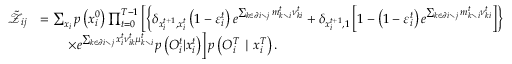
\begin{array} { r l } { \tilde { \mathcal { Z } } _ { i j } } & { = \sum _ { \boldsymbol { x } _ { i } } p \left( x _ { i } ^ { 0 } \right) \prod _ { t = 0 } ^ { T - 1 } \left[ \left\{ \delta _ { x _ { i } ^ { t + 1 } , x _ { i } ^ { t } } \left( 1 - \varepsilon _ { i } ^ { t } \right) e ^ { \sum _ { k \in \partial i \setminus j } m _ { k \setminus i } ^ { t } \nu _ { k i } ^ { t } } + \delta _ { x _ { i } ^ { t + 1 } , 1 } \left[ 1 - \left( 1 - \varepsilon _ { i } ^ { t } \right) e ^ { \sum _ { k \in \partial i \setminus j } m _ { k \setminus i } ^ { t } \nu _ { k i } ^ { t } } \right] \right\} \right. } \\ & { \qquad \left. \times e ^ { \sum _ { k \in \partial i \setminus j } x _ { i } ^ { t } \nu _ { i k } ^ { t } \mu _ { k \setminus i } ^ { t } } p \left( { O } _ { i } ^ { t } | x _ { i } ^ { t } \right) \right] p \left( { O } _ { i } ^ { T } \mid x _ { i } ^ { T } \right) . } \end{array}